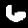
Digit: 6